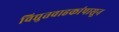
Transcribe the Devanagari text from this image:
विद्युतवाहकांपासून